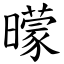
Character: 曚